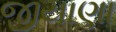
જીયાણા